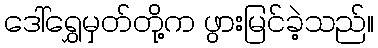
ဒေါ်ရွှေမှတ်တို့က ဖွားမြင်ခဲ့သည်။